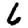
Digit: 6